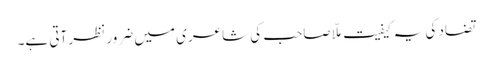
تضاد کی یہ کیفیت ملّا صاحب کی شاعری میں ضرور نظر آتی ہے۔